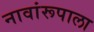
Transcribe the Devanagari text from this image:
नावांरूपाला